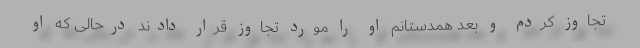
تجاوز کردم و بعد همدستانم او را مورد تجاوز قرار دادند درحالی که او